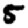
Digit: 5